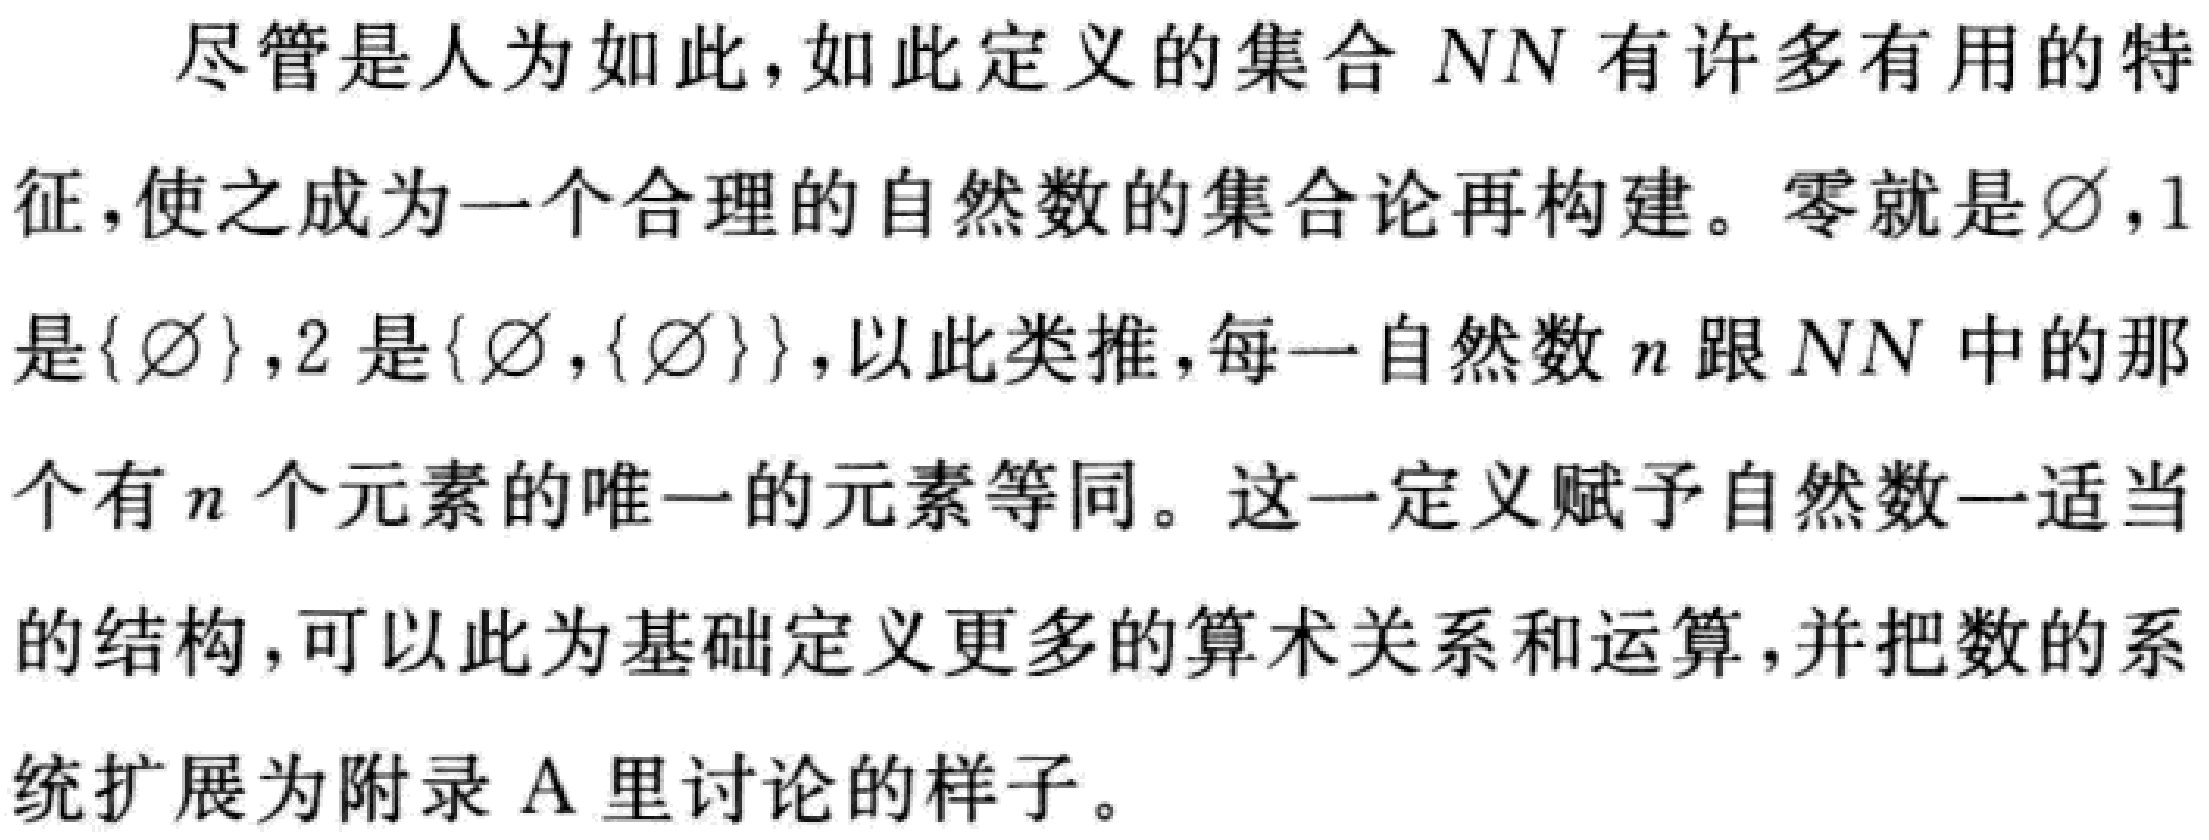
尽管是人为如此，如此定义的集合 \(NN\) 有许多有用的特征，使之成为一个合理的自然数的集合论再构建。零就是 \(\varnothing\)，1是\(\{\varnothing\}\)，2 是\(\{\varnothing,\{\varnothing\}\}\)，以此类推，每一自然数 \(n\) 跟 \(NN\) 中的那个有 \(n\) 个元素的唯一的元素等同。这一定义赋予自然数一适当的结构，可以此为基础定义更多的算术关系和运算，并把数的系统扩展为附录 \(A\) 里讨论的样子。